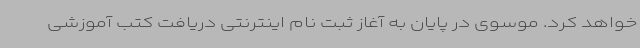
خواهد کرد. موسوی در پایان به آغاز ثبت نام اینترنتی دریافت کتب آموزشی